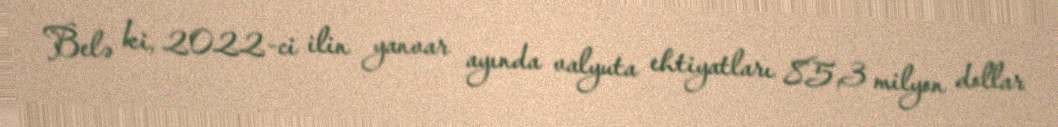
Belə ki, 2022-ci ilin yanvar ayında valyuta ehtiyatları 85,3 milyon dollar